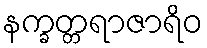
နက္ခတ္တရာဇာရိဝ